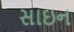
સાઇન